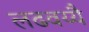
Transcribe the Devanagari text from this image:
लढवय्यै